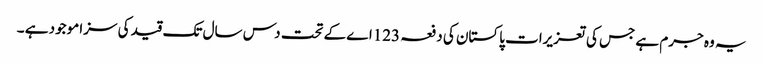
یہ وہ جرم ہے جس کی تعزیرات پاکستان کی دفعہ 123اے کے تحت دس سال تک قید کی سزا موجود ہے ۔